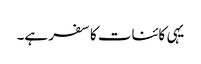
یہی کائنات کا سفر ہے۔